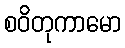
စဝိတုကာမော